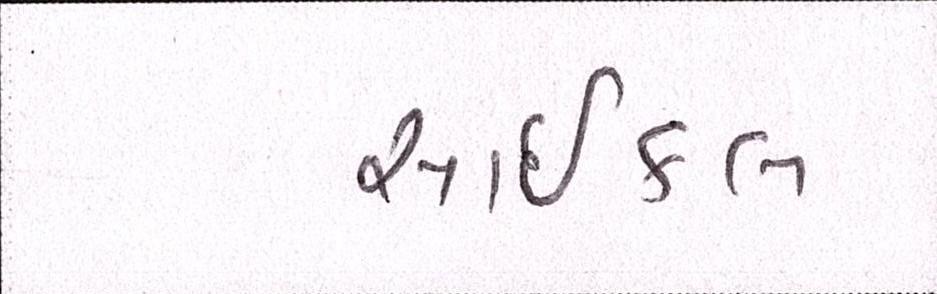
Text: સાઇકલ